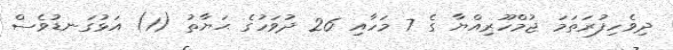
ދިވެހިފުރަތަމަ ޖުމްހޫރިއްޔާ ގެ 7 މަހާއި 26 ދުވަހުގެ ޙަޔާތު (1) އަޅުގަނޑުވެސް